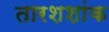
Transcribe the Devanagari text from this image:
तारशशांक